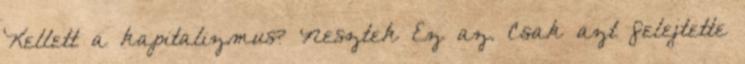
Kellett a kapitalizmus? Nesztek Ez az. Csak azt felejtette